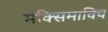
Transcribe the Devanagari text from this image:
मक्सिमाविच